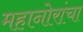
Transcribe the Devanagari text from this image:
महानोरांचा